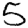
Digit: 5